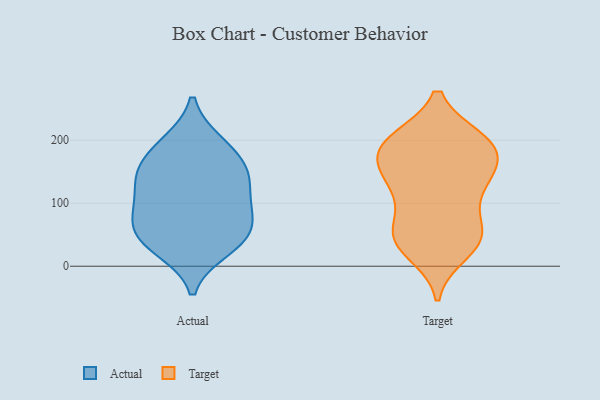
{"axis": {"x": "Active Users", "y": "Value"}, "legend": ["Actual", "Target"], "data": [{"x": "", "y": 197, "type": "Actual"}, {"x": "", "y": 162, "type": "Actual"}, {"x": "", "y": 112, "type": "Actual"}, {"x": "", "y": 62, "type": "Actual"}, {"x": "", "y": 55, "type": "Actual"}, {"x": "", "y": 152, "type": "Actual"}, {"x": "", "y": 110, "type": "Actual"}, {"x": "", "y": 148, "type": "Actual"}, {"x": "", "y": 88, "type": "Actual"}, {"x": "", "y": 78, "type": "Actual"}, {"x": "", "y": 26, "type": "Actual"}, {"x": "", "y": 30, "type": "Actual"}, {"x": "", "y": 145, "type": "Actual"}, {"x": "", "y": 45, "type": "Actual"}, {"x": "", "y": 196, "type": "Actual"}, {"x": "", "y": 189, "type": "Target"}, {"x": "", "y": 151, "type": "Target"}, {"x": "", "y": 198, "type": "Target"}, {"x": "", "y": 47, "type": "Target"}, {"x": "", "y": 104, "type": "Target"}, {"x": "", "y": 44, "type": "Target"}, {"x": "", "y": 132, "type": "Target"}, {"x": "", "y": 200, "type": "Target"}, {"x": "", "y": 117, "type": "Target"}, {"x": "", "y": 48, "type": "Target"}, {"x": "", "y": 154, "type": "Target"}, {"x": "", "y": 150, "type": "Target"}, {"x": "", "y": 200, "type": "Target"}, {"x": "", "y": 185, "type": "Target"}, {"x": "", "y": 23, "type": "Target"}, {"x": "", "y": 45, "type": "Target"}, {"x": "", "y": 191, "type": "Target"}, {"x": "", "y": 53, "type": "Target"}]}